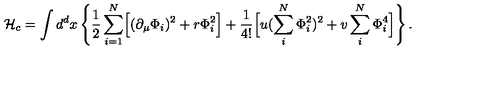
{ \cal H } _ { c } = \int d ^ { d } x \left\{ { \frac { 1 } { 2 } } \sum _ { i = 1 } ^ { N } \Bigl [ ( \partial _ { \mu } \Phi _ { i } ) ^ { 2 } + r \Phi _ { i } ^ { 2 } \Bigr ] + { \frac { 1 } { 4 ! } } \Bigl [ u ( \sum _ { i } ^ { N } \Phi _ { i } ^ { 2 } ) ^ { 2 } + v \sum _ { i } ^ { N } \Phi _ { i } ^ { 4 } \Bigr ] \right\} .